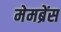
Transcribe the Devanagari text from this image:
मेमब्रेंस